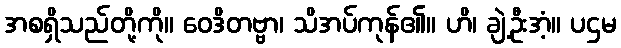
အစရှိသည်တို့ကို။ ဝေဒိတဗ္ဗာ၊ သိအပ်ကုန်၏။ ဟိ၊ ချဲ့ဦးအံ့။ ပဌမ